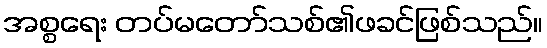
အစ္စရေး တပ်မတော်သစ်၏ဖခင်ဖြစ်သည်။